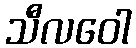
သီလဝေါ